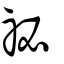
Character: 祕